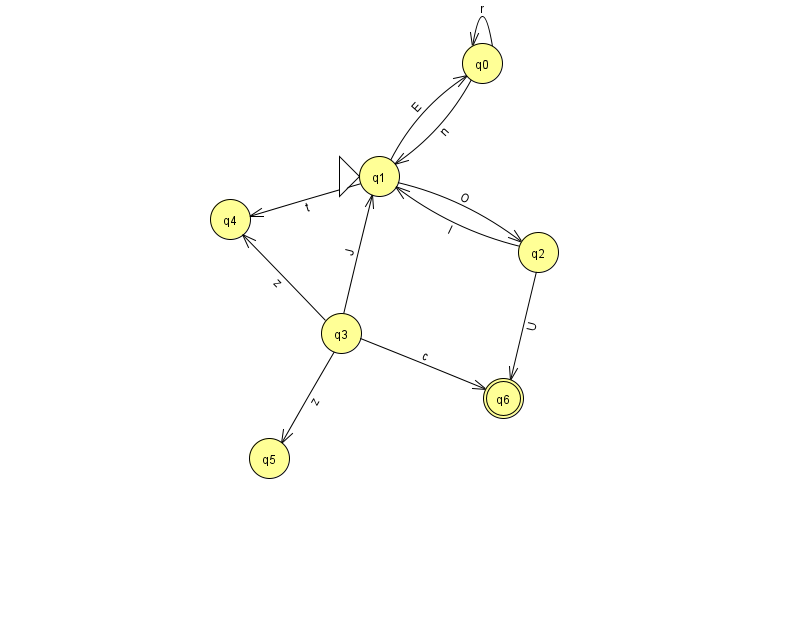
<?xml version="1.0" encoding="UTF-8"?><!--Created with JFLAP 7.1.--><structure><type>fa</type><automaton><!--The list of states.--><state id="0" name="q0"><x>482.0</x><y>50.0</y></state><state id="1" name="q1"><x>379.0</x><y>163.0</y><initial/></state><state id="2" name="q2"><x>538.0</x><y>239.0</y></state><state id="3" name="q3"><x>341.0</x><y>320.0</y></state><state id="4" name="q4"><x>230.0</x><y>206.0</y></state><state id="5" name="q5"><x>269.0</x><y>445.0</y></state><state id="6" name="q6"><x>503.0</x><y>385.0</y><final/></state><!--The list of transitions.--><transition><from>0</from><to>1</to><read>n</read></transition><transition><from>3</from><to>1</to><read>J</read></transition><transition><from>0</from><to>0</to><read>r</read></transition><transition><from>3</from><to>6</to><read>c</read></transition><transition><from>2</from><to>1</to><read>l</read></transition><transition><from>3</from><to>4</to><read>z</read></transition><transition><from>1</from><to>0</to><read>E</read></transition><transition><from>1</from><to>2</to><read>O</read></transition><transition><from>3</from><to>5</to><read>z</read></transition><transition><from>2</from><to>6</to><read>U</read></transition><transition><from>1</from><to>4</to><read>t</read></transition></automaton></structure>